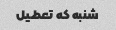
شنبه که تعطیل